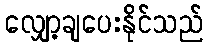
လျှော့ချပေးနိုင်သည်